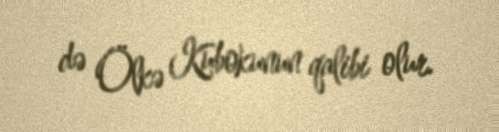
də Ölkə Kubokunun qalibi olur.